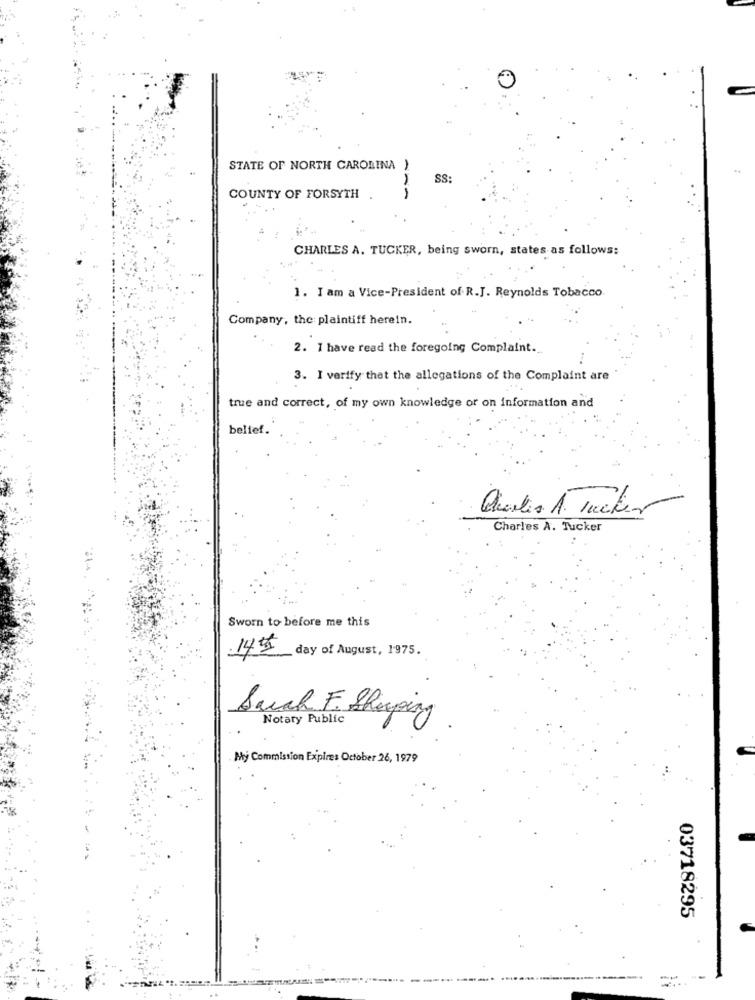
STATE OF NORTH CAROLINA )
SS:
COUNTY OF FORSYTH
ANA
CHARLES A. TUCKER, being sworn, states as follows:
1. I am a Vice-President of R.J. Reynolds Tobacco
Company, the plaintiff herein.
2. I have read the foregoing Complaint.
3. I verify that the allegations of the Complaint are
true and correct, of my own knowledge or on information and
belief.
Charles A. Tucker
Sworn to before me this
14th day of August, 1975.
Sarah F. Shoping
Notary Public
My Commission Expires October 26, 1979
03718295
---
-- --